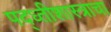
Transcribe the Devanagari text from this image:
पद्ध्तीशास्त्राचा